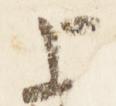
上